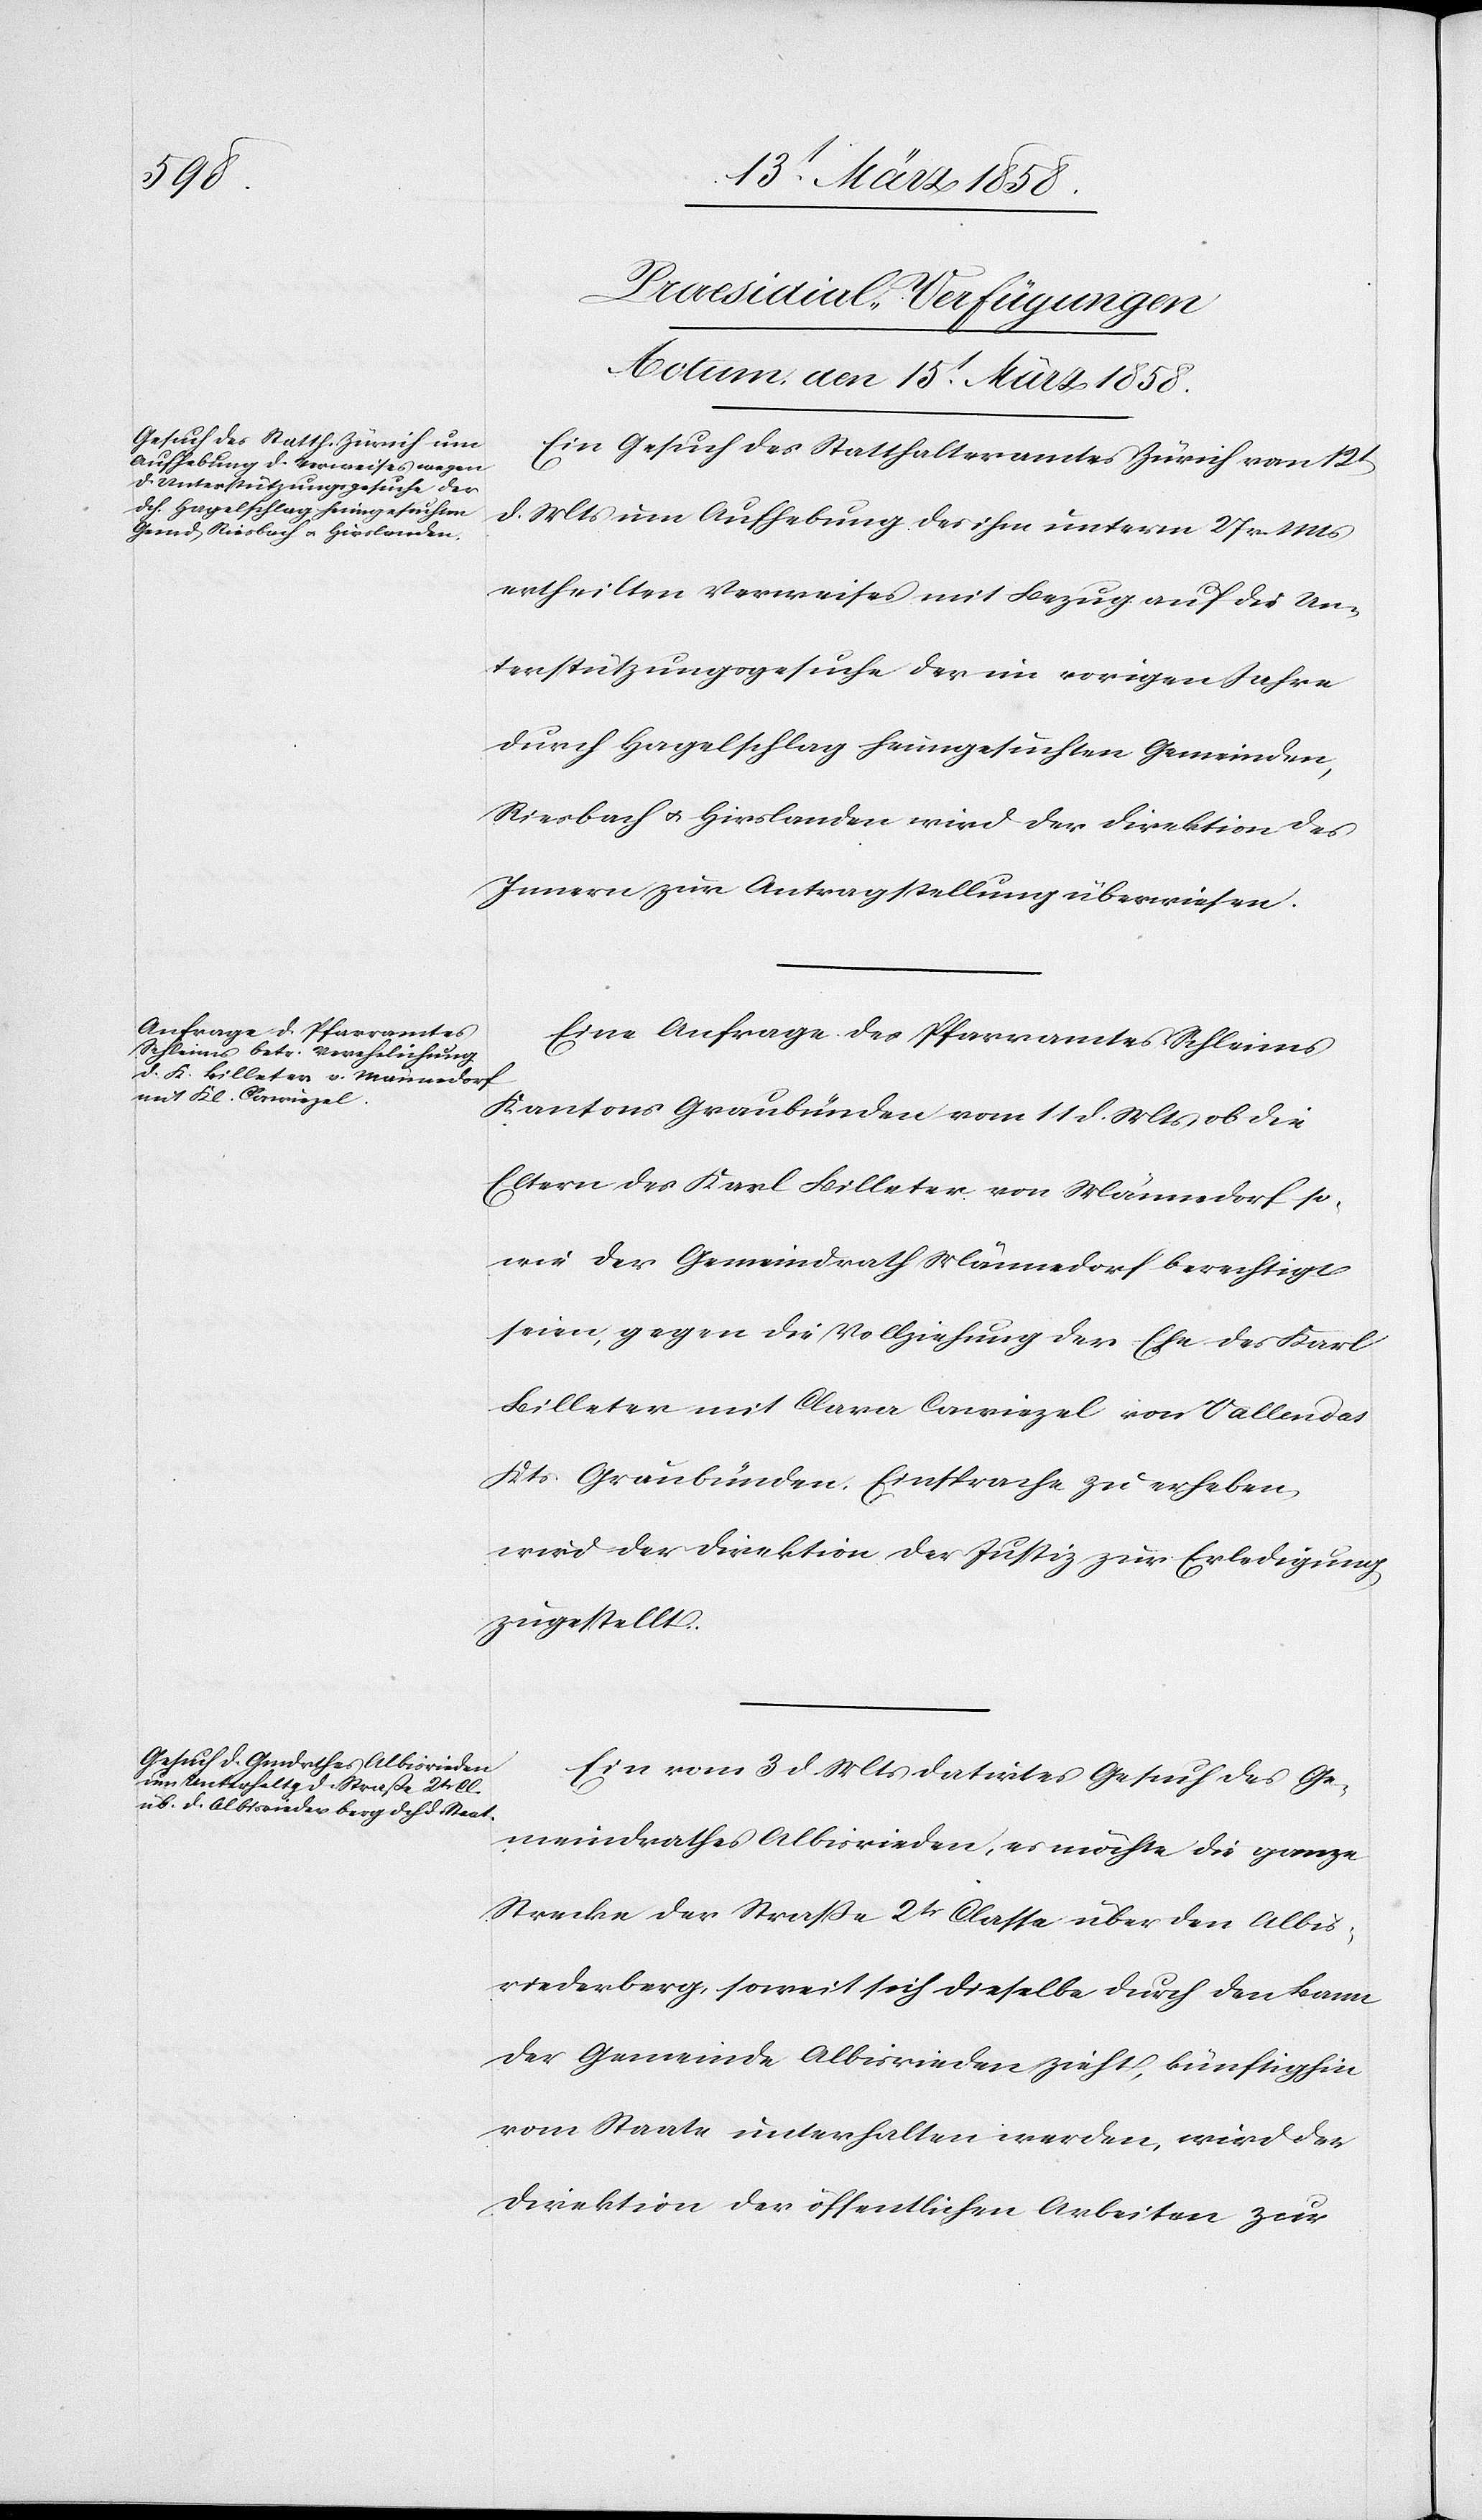
[Präsidial-Verfügungen
Actum den 15t März 1858.]
Ein Gesuch des Statthalteramtes Zürich vom 12t
d. Mts. um Aufhebung des ihm unterm 27. v. Mts.
ertheilten Verweises mit Bezug auf die Un¬
terstützungsgesuche der im vorigen Jahre
durch Hagelschlag heimgesuchten Gemeinden,
Riesbach u. Hirslanden wird der Direktion des
Innern zur Antragstellung überwiesen.
Eine Anfrage des Pfarramtes Schleims
Kantons Graubünden vom 11. d. Mts. ob die
Eltern des Karl Billeter von Männedorf so¬
wie der Gemeindrath Männedorf berechtigt
seien, gegen die Vollziehung der Ehe des Karl
Billeter mit Clara Caviezel von Vallendas
Kts. Graubünden, Einsprache zu erheben,
wird der Direktion der Justiz zur Erledigung
zugestellt.
Ein vom 3. d. Mts. datirtes Gesuch des Ge¬
meindrathes Albisrieden, es möchte die ganze
Strecke der Straße 2tr Classe über den Albis¬
riederberg soweit sich dieselbe durch den Bann
der Gemeinde Albisrieden zieht, künftighin
vom Staate unterhalten werden, wird der
Direktion der öffentlichen Arbeiten zur